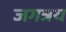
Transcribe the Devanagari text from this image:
जगत्रय